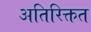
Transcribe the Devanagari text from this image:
अतिरिक्तत